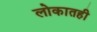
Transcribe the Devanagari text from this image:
लोकातही